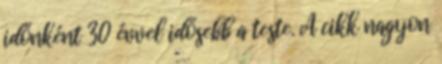
időnként 30 évvel idősebb a teste. A cikk nagyon